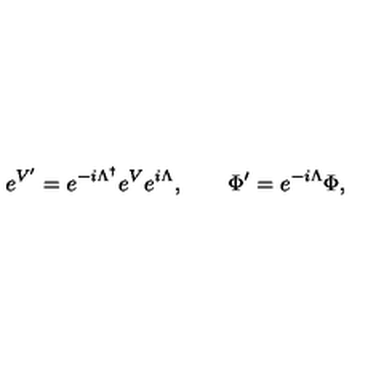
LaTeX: e ^ { V ^ { \prime } } = e ^ { - i \Lambda ^ { \dagger } } e ^ { V } e ^ { i \Lambda } , \qquad \Phi ^ { \prime } = e ^ { - i \Lambda } \Phi ,